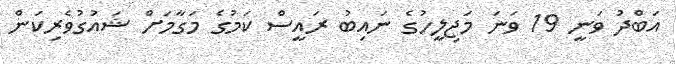
އަބްދު ވަނީ 19 ވަނަ މަޖިލީހުގެ ނައިބު ރައީސް ކަމުގެ މަގާމަށް ޝައުގުވެރިކަން